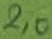
Text: 2,0